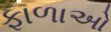
ફાળાઓ